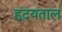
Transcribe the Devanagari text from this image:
हृदयताल